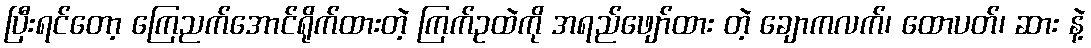
ပြီးရင်တော့ ကြေညက်အောင်ရိုက်ထားတဲ့ ကြက်ဥထဲကို အရည်ဖျော်ထား တဲ့ ချောကလက်၊ ထောပတ်၊ ဆား နဲ့